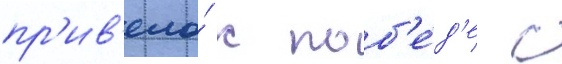
пр'ив'ело́ к поб'е́д'е с